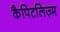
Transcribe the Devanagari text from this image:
कैपिटलिज़्म